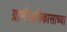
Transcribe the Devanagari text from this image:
ग्रामीणविकासाच्या